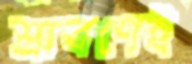
শ্রাবণেই